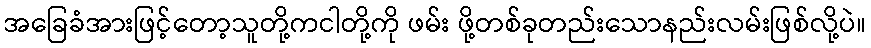
အခြေခံအားဖြင့်တော့သူတို့ကငါတို့ကို ဖမ်း ဖို့တစ်ခုတည်းသောနည်းလမ်းဖြစ်လို့ပဲ။